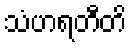
သံဟရတီတိ